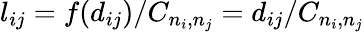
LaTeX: l_{ij}=f(d_{ij})/C_{n_{i},n_{j}}=d_{ij}/C_{n_{i},n_{j}}